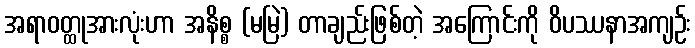
အရာဝတ္ထုအားလုံးဟာ အနိစ္စ (မမြဲ) တာချည်းဖြစ်တဲ့ အကြောင်းကို ဝိပဿနာအကျဉ်း